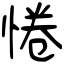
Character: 惓